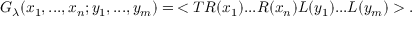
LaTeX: G _ { \lambda } ( x _ { 1 } , . . . , x _ { n } ; y _ { 1 } , . . . , y _ { m } ) = \, < T R ( x _ { 1 } ) . . . R ( x _ { n } ) L ( y _ { 1 } ) . . . L ( y _ { m } ) > .